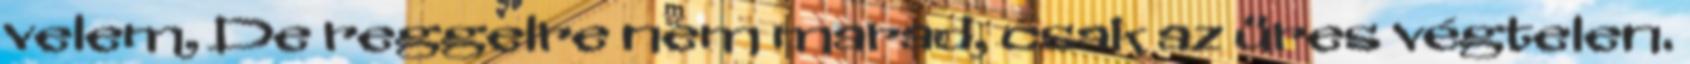
velem, De reggelre nem marad, csak az üres végtelen.